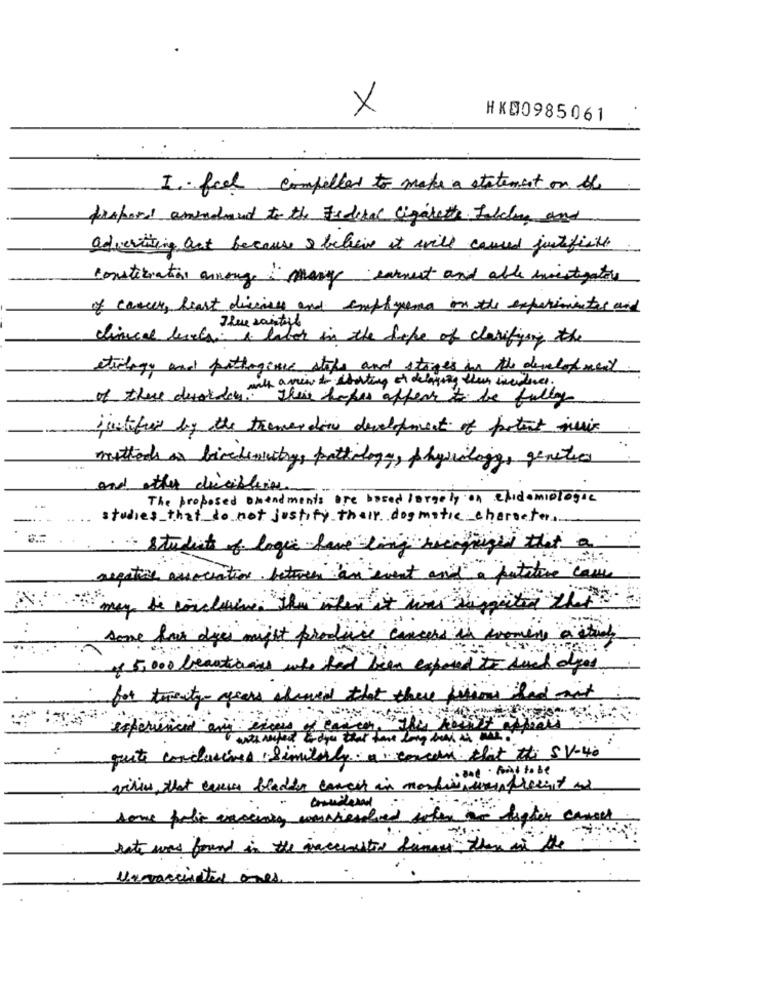
X
HK00985061
I feel compelled to make a statement on the
prepared amandaut to the Federal Cigarette. Falling and
advertising out because & believe it will caused justified
constituations annange : many earnest and able investigators
of cancer, heart disease and emphysema on the experimentes and
clinical levels & later in the hope of clarifying the
etiology and pathogene stops and stages in the development
milk a view to shorting of delaying their incidence .
of there desorder" Their hopes afferr to be fully
justified by the trenerain development of potent six
methods as bicedewitry, pathology, physilige, genetics
and other dieciblecas
The proposed amendments ore based largely on chidomiologic
studies that do not justify their dogmatic character.
· · students of logic have ling riciprzed that a
negative association betwen an event and a putative care
some har dies might produce
5,000 beauties who had been en
sed to such algo.
for twenty years showed that there filimi dad and
experienced eny érais.
gute conclusiones : Similarly a concern that the SV-40
cone · found to be
virus, that every bladder cancer in mortier umis present ar
some polic inscinis converted schen an digter cancer
lote was found in the iaccented dans there of the?"
Unvaccinated ones